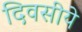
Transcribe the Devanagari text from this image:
दिवसीये